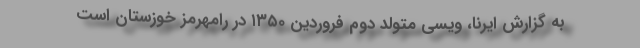
به گزارش ایرنا، ویسی متولد دوم فروردین ۱۳۵۰ در رامهرمز خوزستان است